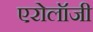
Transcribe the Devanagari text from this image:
एरोलॉजी